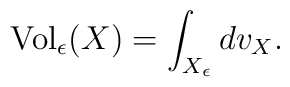
{\rm Vol}_\epsilon(X)=\int_{X_\epsilon}dv_X.